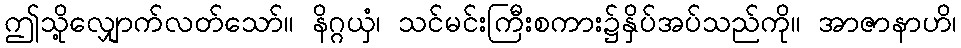
ဤသို့လျှောက်လတ်သော်။ နိဂ္ဂယှံ၊ သင်မင်းကြီးစကား၌နှိပ်အပ်သည်ကို။ အာဇာနာဟိ၊